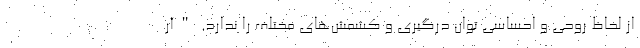
از لحاظ روحی و احساسی توان درگیری‌ و کشمش‌های مختلف را ندارد. "آر